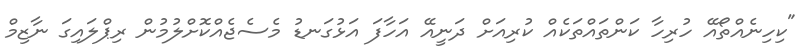
"ކިހިނެއްތޯއޭ ހުރިހާ ކަންތައްތަކެއް ކުރިއަށް ދަނީއޭ އަހާފަ އަޅުގަނޑު މެސެޖެއްކޮށްލުމުން ރިޕްލައިގަ ނާޒިމް